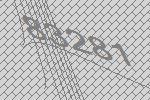
83281